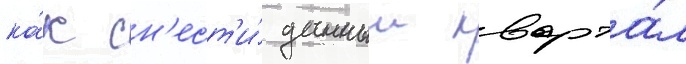
ка́к сн'ест'и́ данныи кварта́л